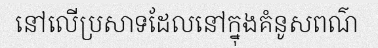
នៅលើប្រសាទដែលនៅក្នុងគំនូសពណ៌